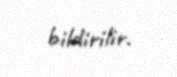
bildirilir.